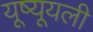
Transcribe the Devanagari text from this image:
यूष्यूयली